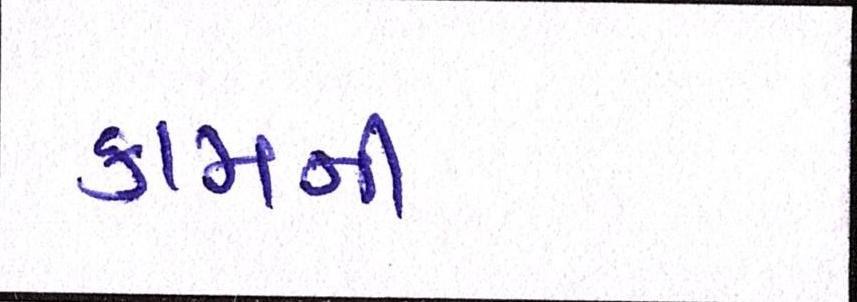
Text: કામની